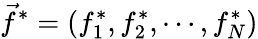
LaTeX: \vec{f}^{*}=(f_{1}^{*},f_{2}^{*},\cdots,f_{N}^{*})